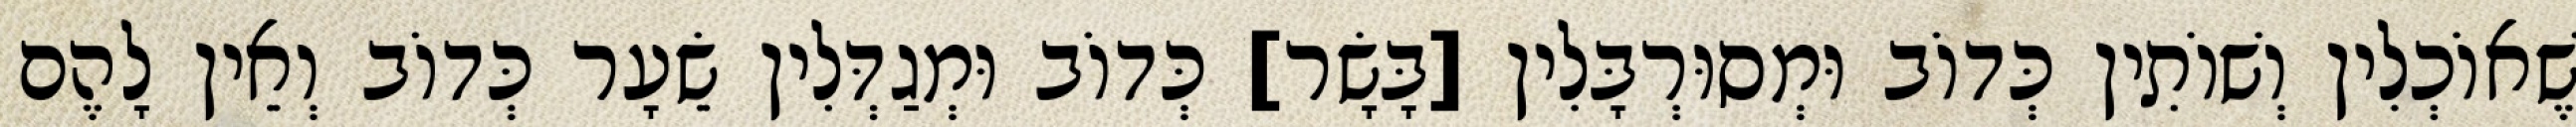
שֶׁאוֹכְלִין וְשׁוֹתִין כְּדוֹב וּמְסוּרְבָּלִין [בָּשָׂר] כְּדוֹב וּמְגַדְּלִין שֵׂעָר כְּדוֹב וְאֵין לָהֶם